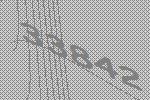
33842